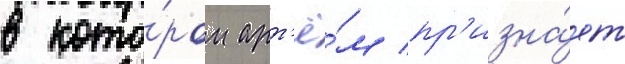
в кото́ром арт'ё́м пр'изна́ет